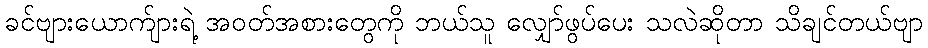
ခင်ဗျားယောက်ျားရဲ့ အဝတ်အစားတွေကို ဘယ်သူ လျှော်ဖွပ်ပေး သလဲဆိုတာ သိချင်တယ်ဗျာ